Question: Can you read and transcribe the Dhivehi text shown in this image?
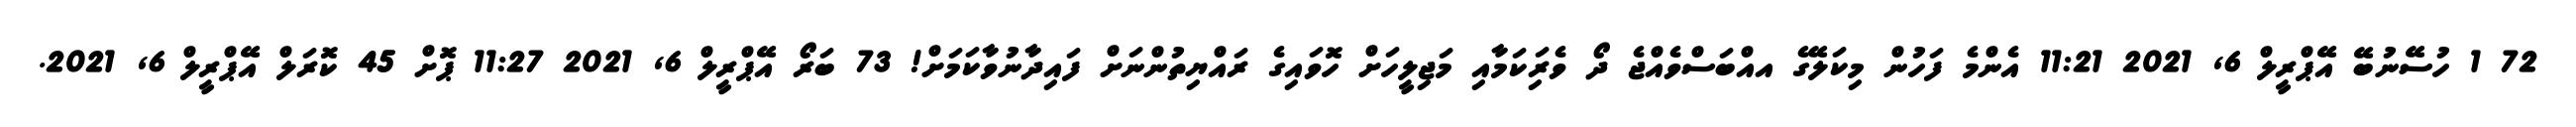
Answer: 72 1 ހުސޭނުބޭ އޭޕްރީލް 6, 2021 11:21 އެންމެ ފަހުން މިކަލޭގެ އއްބަސްވެއްޖެ ދޯ ވެރިަކަމާއި މަޖިލީހަށް ހޮވައިގެ ރައްޔިތުންނަށް ފައިދާނުވާކަމަށް! 73 ބަރޯ އޭޕްރީލް 6, 2021 11:27 ޕޮށް 45 ކޮރަލް އޭޕްރީލް 6, 2021.